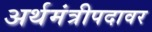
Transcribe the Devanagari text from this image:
अर्थमंत्रीपदावर